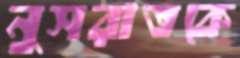
নুসরাতকে